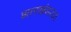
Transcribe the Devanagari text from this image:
झारखंड२४६